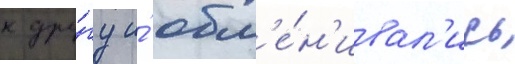
к дру́гу и́ обм'е́н'ивал'ись